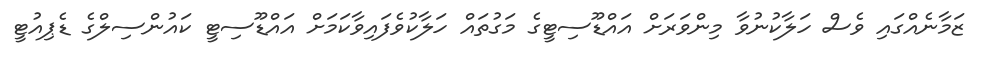
ޒަމާނެއްގައި ވެސް ހަލާކުނުވާ މިންވަރަށް އައްޑޫސިޓީގެ މަގުތައް ހަލާކުވެފައިވާކަމަށް އައްޑޫސިޓީ ކައުންސިލްގެ ޑެޕިއުޓީ